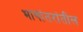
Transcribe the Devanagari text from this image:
भाषांतरांतील